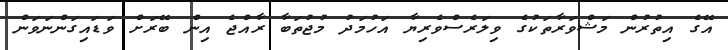
އޭގެ އިތުރުން މަޝްވަރާތަކުގެ ވިލަރެސްވެރިޔާ އަހުމަދު މުޖުތަބާ ރާއްޖެ އިން ބޭރަށް ވަޑައިގަންނަވަން